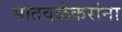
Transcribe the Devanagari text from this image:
सातवळेकरांना